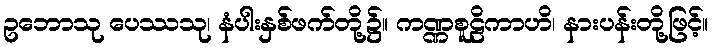
ဥဘောသု ပေဿသု၊ နံပါးနှစ်ဖက်တို့၌။ ကဏ္ဏစူဠိကာဟိ၊ နားပန်းတို့ဖြင့်။